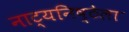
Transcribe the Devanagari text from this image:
नाट्यनिष्ठेला